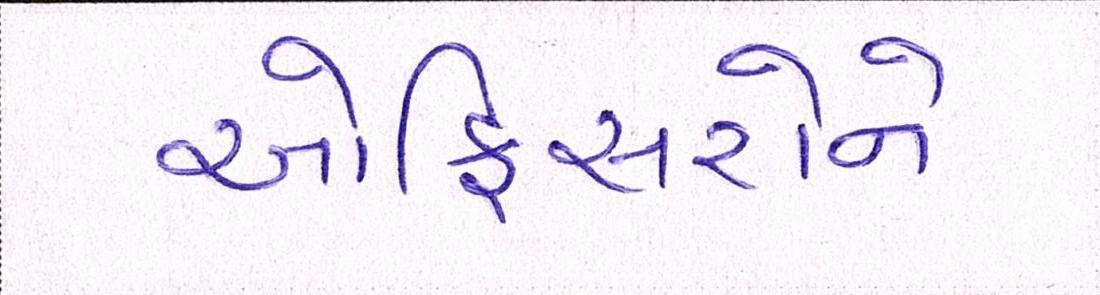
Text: ઓફિસરોને